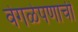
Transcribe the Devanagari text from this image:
वेगळेपणाची